V__Kingissepa_nim__kolhoos, lk 13
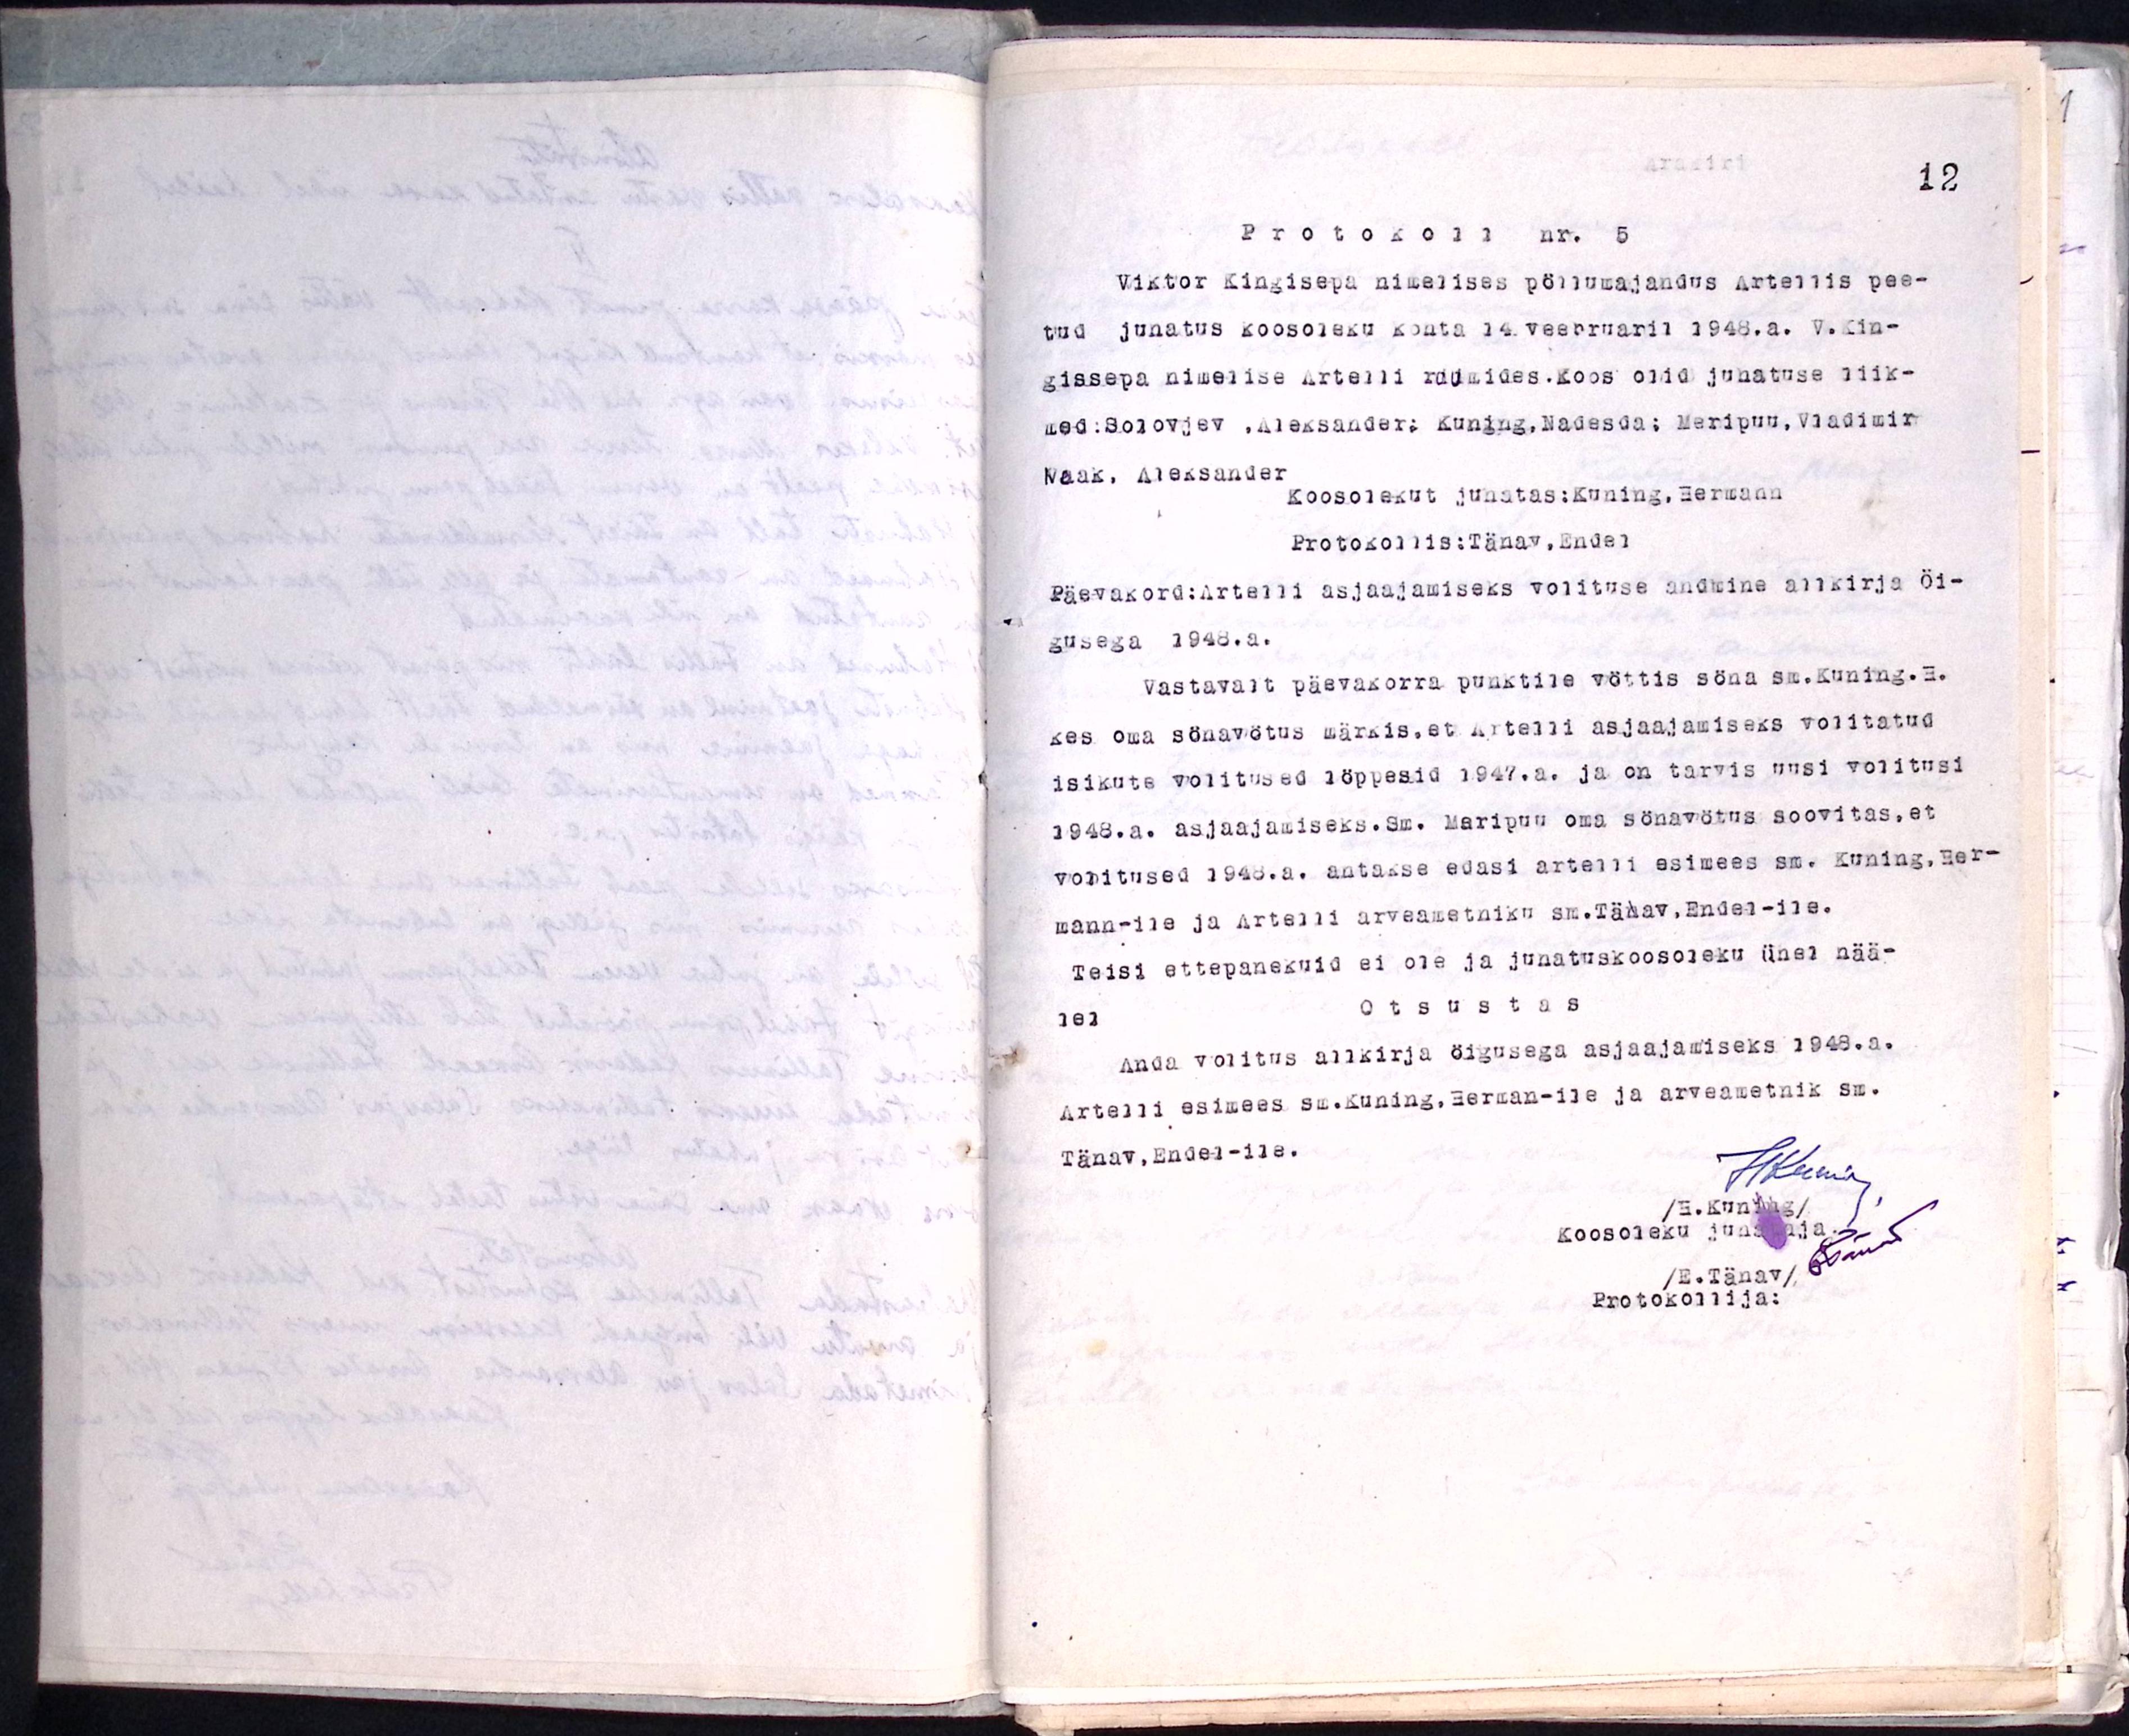
Protokoll nr. 5
Viktor Kingisepa nimelises põllumajandus Artellis pee-
tud juhatus koosoleku kohta 14 veebruaril 1948. a. V. Kin-
gissepa nimelise Artelli ruumides. Koos olid juhatuse liik-
med: Solovjev, Aleksander: Kuning, Nadesda: Meripuu, Vladimir
Naak, Aleksander
Koosolekut juhatas: Kuning, Hermann
Protokollis: Tänav, Endel
Päevakord: Artelli asjaajamiseks volituse andmine allkirja õi-
gusega 1948.a.
Vastavalt päevakorra punktile vöttis söna sm. Kuning.H.
kes oma sönavötus märkis,et Artelli asjaajamiseks volitatud
isikute volitused löppesid 1947. a. ja on tarvis uusi volitusi
1948.a. asjaajamiseks. Sm. Maripuu oma sönavötus soovitas, et
volitused 1948.a. antakse edasi artelli esimees sm. Kuning, Her-
mann-ile ja Artelli arveametniku sm. Tänav, Endel-ile.
Teisi ettepanekuid ei ole ja juhatuskoosoleku ühel nää-
lel
Otsustas
Anda volitus allkirja öigusega asjaajamiseks 1948.a.
Artelli esimees sm.Kuning, Herman-ile ja arveametnik sm.
Tänav, Endel-ile
HKuma
Koosoleku juhata
/E. Tänav/
Protokollija: